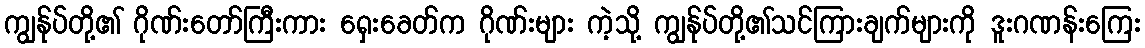
ကျွန်ုပ်တို့၏ ဂိုဏ်းတော်ကြီးကား ရှေးခေတ်က ဂိုဏ်းများ ကဲ့သို့ ကျွန်ုပ်တို့၏သင်ကြားချက်များကို ဒူးဂဏန်းကြေး